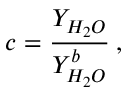
c = \frac { Y _ { H _ { 2 } O } } { Y _ { H _ { 2 } O } ^ { b } } \: ,